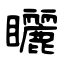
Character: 矖